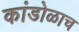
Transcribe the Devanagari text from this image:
कांडोळाच